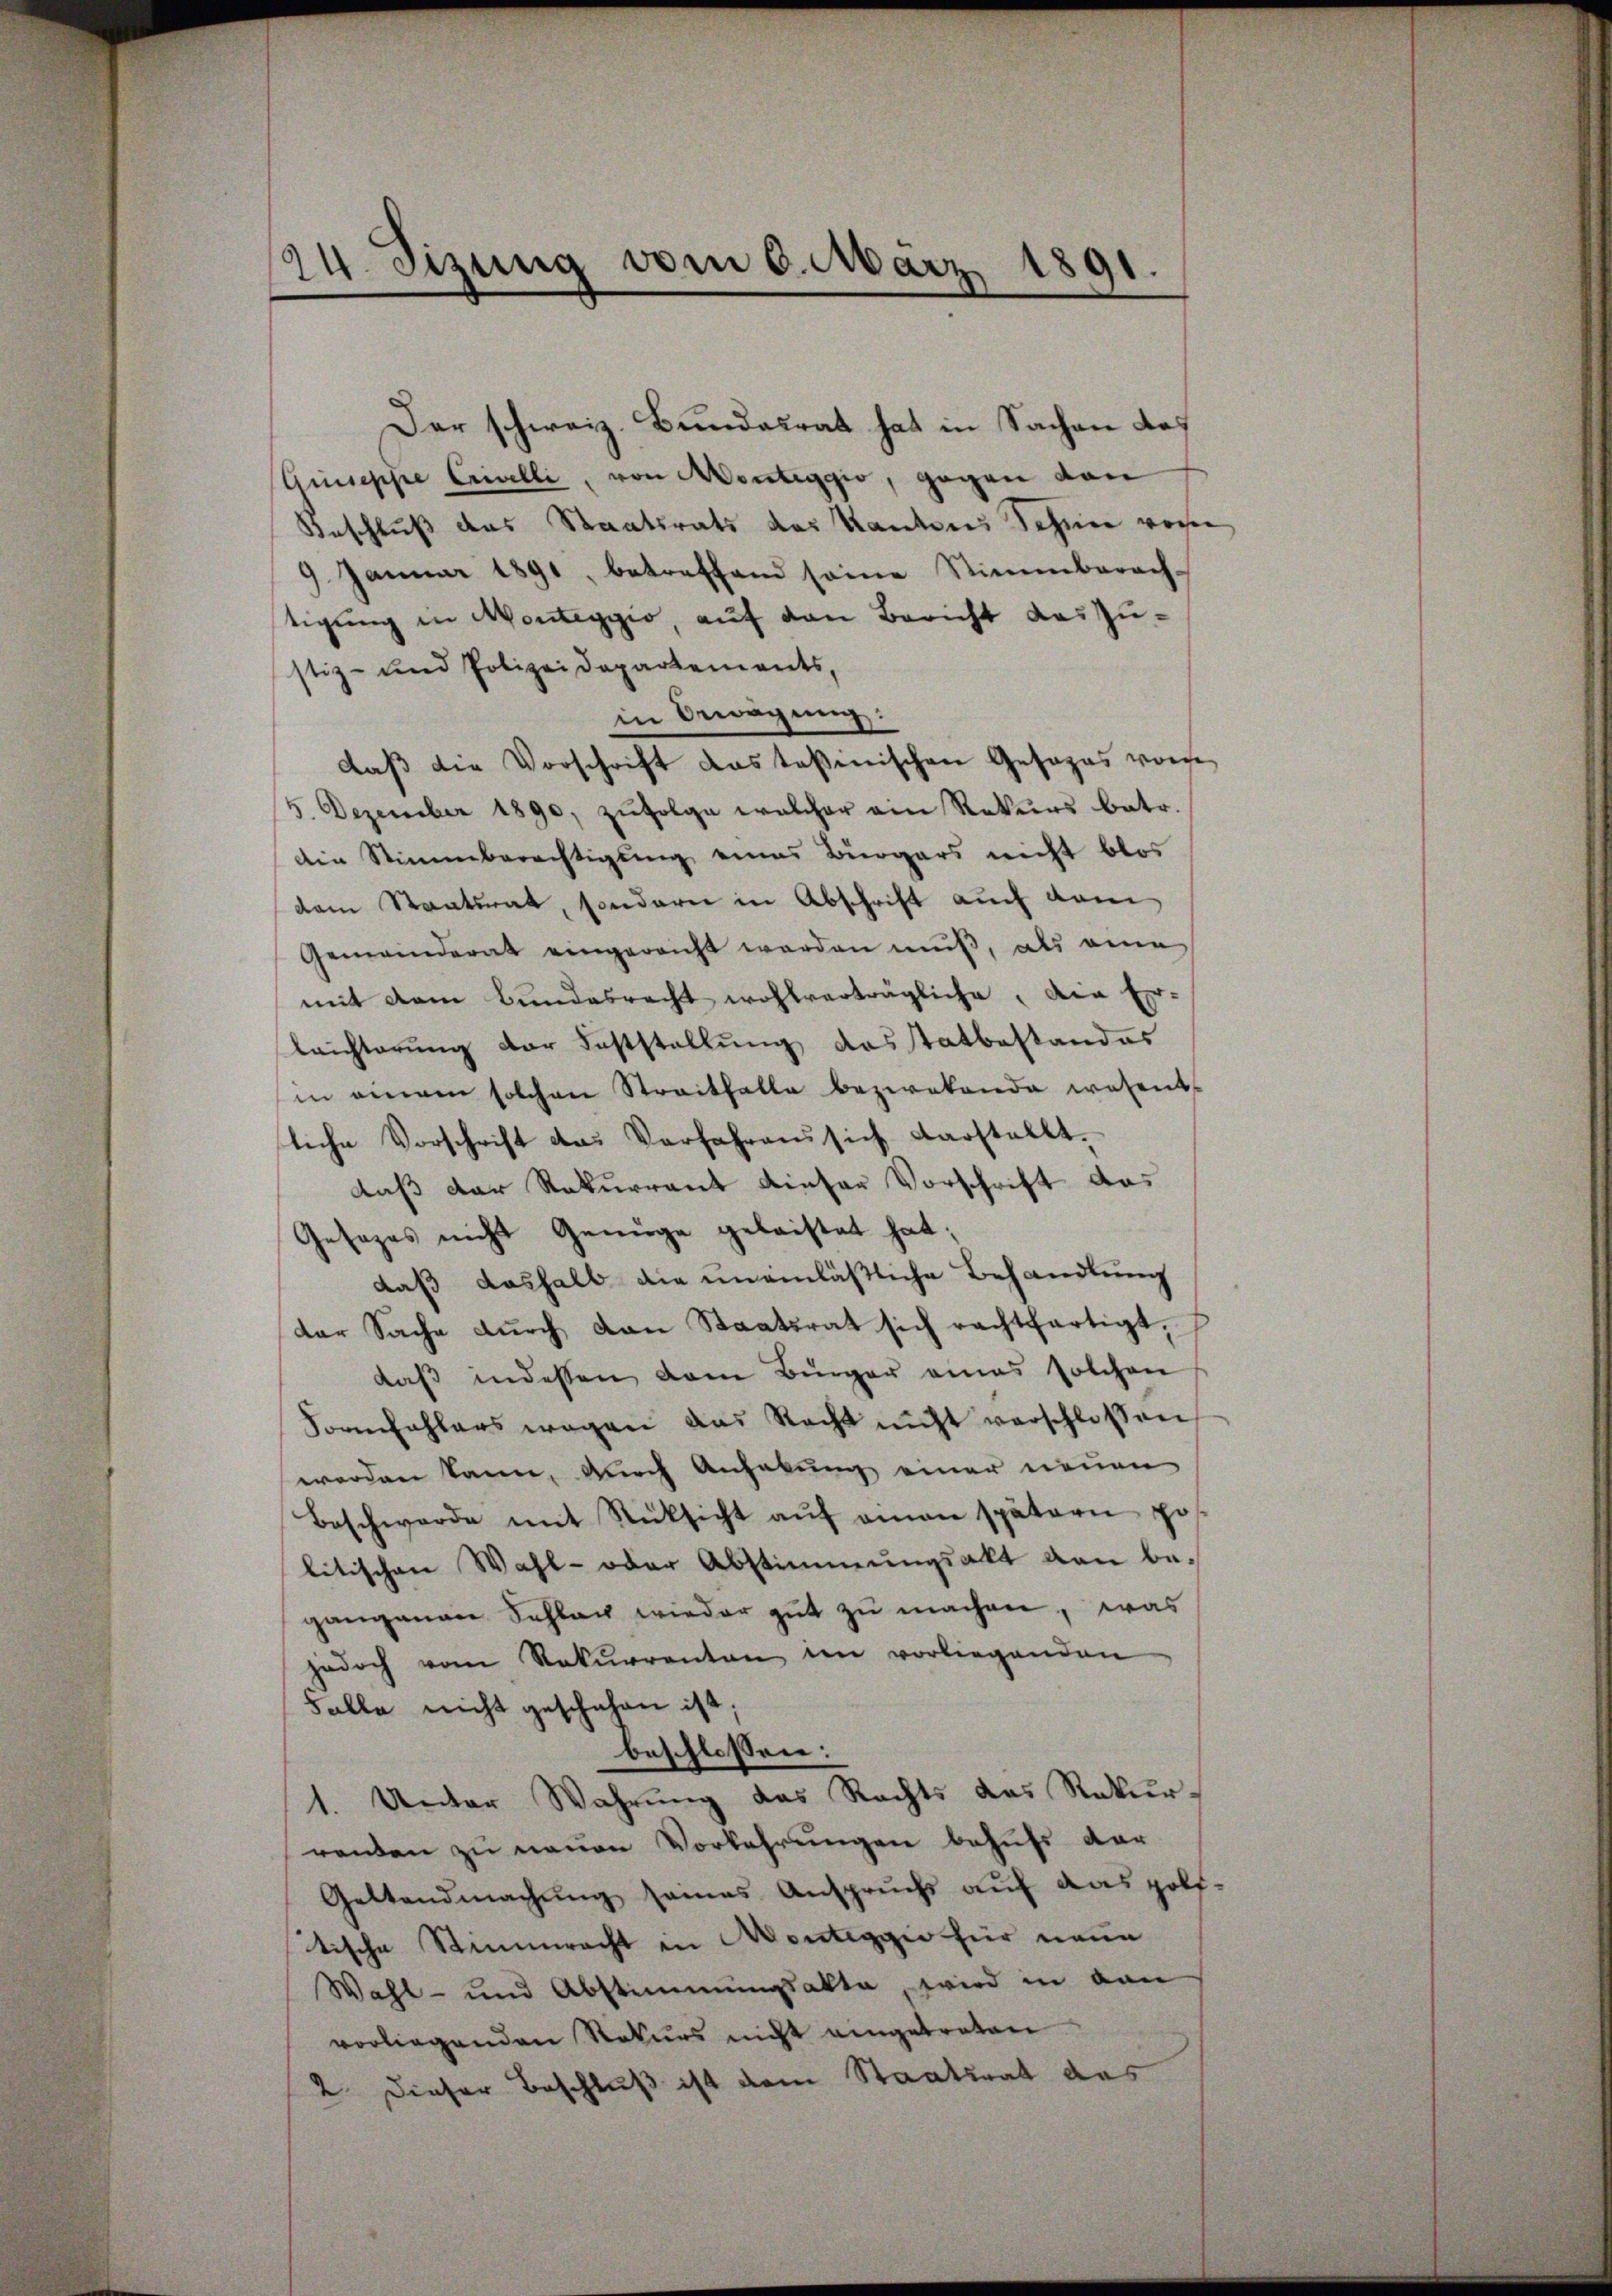
24. Sizung vom 6. März 1891.

Der schweiz. Bundesrat hat in Sachen das
Giuseppe Crivelli, von Montaggio, gegen von
Beschluß das Staatsrats das Kantons Schnee von
9. Januar 1891, betreffend seine Stimmbarach-
tigung in Monteggio, auf den Bericht das Zustiz- und Polizeidepartements,
in Bewegung.
daβ die Vorschrift das tasinischen Gesezes vom
5. Dezember 1890, zŭfolge welcher ein Rekurs betr.
die Stimmberechtigung eines Bürgers nicht blos
dem Staatsrat, sondern in Abschrift auch vom
Gemeinderat eingereicht werden muß, als eine
mit dem Bundesrecht wohlverträgliche, die Er-
Leichterung der Feststellung desstatbestandes
in eingen solchen Streitfalle beziehende wesent-
liche Vorschrift da. Verfahrens sich darstellt.
daß der Rekurrent dieser Vorschrift das
Gesezes nicht Genüge geleistet hat;
daß deshalb die uneinläßliche Behandlung
der Sache dŭrch dan Staatsrat sich rechtfertigt,
daβ indessen dem Bürger eines solchen
Formfehlers wegen das Recht nicht verschlossen
werden kann, durch Anhebung einer neuen
Beschwerde mit Rüksicht aŭf amen spätern pos-
litischen Wahl- oder Abstimmungsakt von begangenen Schlag wieder gut zu machen, was
jedoch vom Rekurrenten in vorliegenden
Falle nicht geschehen ist;
beschlossen:
1. Unter Wahrung das Rechts das Rekurrenten zu neuen Vorkehrungen behufs dar
Geltendmachung seines Anspruchs auf das Holftische Stimmrecht in Monteggio für neue
Wahl- und Abstimmungsakte wird in dan
vorliegenden Rekurs nicht eingetreten
2 dieser Beschluß ist dem Staatsrat das